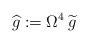
LaTeX: \begin{align*}\widehat{g}&:=\Omega^4\,\widetilde{g}\end{align*}